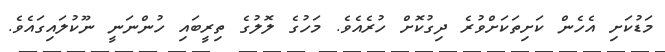
މަޑުކަށި އެހެން ކަށިތަކަށްވުރެ ދިގުކޮށް ހުރެއެވެ. މަހުގެ ލޮލުގެ ތިރީބައި ހުންނަނީ ނޫކުލައިގައެވެ.